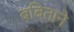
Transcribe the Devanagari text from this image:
बबिताने